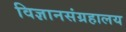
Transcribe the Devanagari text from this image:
विज्ञानसंग्रहालय